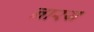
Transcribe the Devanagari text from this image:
नारय